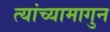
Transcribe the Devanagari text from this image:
त्यांच्यामागुन